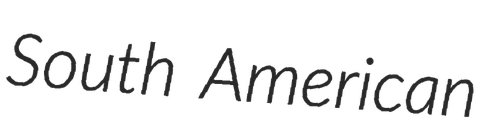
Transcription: South American